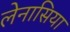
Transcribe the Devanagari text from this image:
लेनासिया